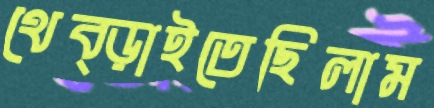
থেব্‌ড়াইতেছিলাম